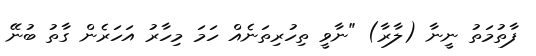
ފާތުމަތު ނީނާ (ލާރާ) "ނާވީ ތިހުރިތަނެއް ހަމަ މިހާރު އަހަރެން ގާތު ބުނޭ